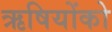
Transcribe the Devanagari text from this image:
ऋषियोंको